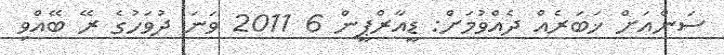
ސަންއަށް ޚަބަރެއް ދެއްވުމަށް: ޑީއާރްޕީން 6 2011 ވަނަ ދުވަހުގެ ރޭ ބޭއްވި